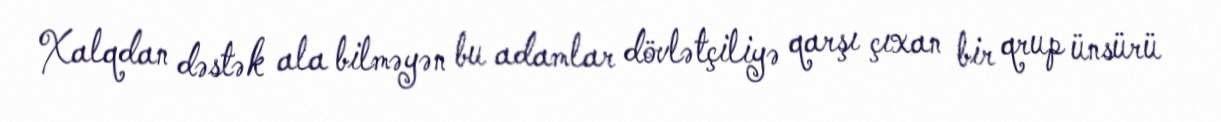
Xalqdan dəstək ala bilməyən bu adamlar dövlətçiliyə qarşı çıxan bir qrup ünsürü